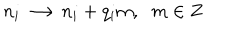
LaTeX: n _ { i } \longrightarrow n _ { i } + q _ { i } m , \; \; m \in { \bf Z }